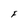
Character: F